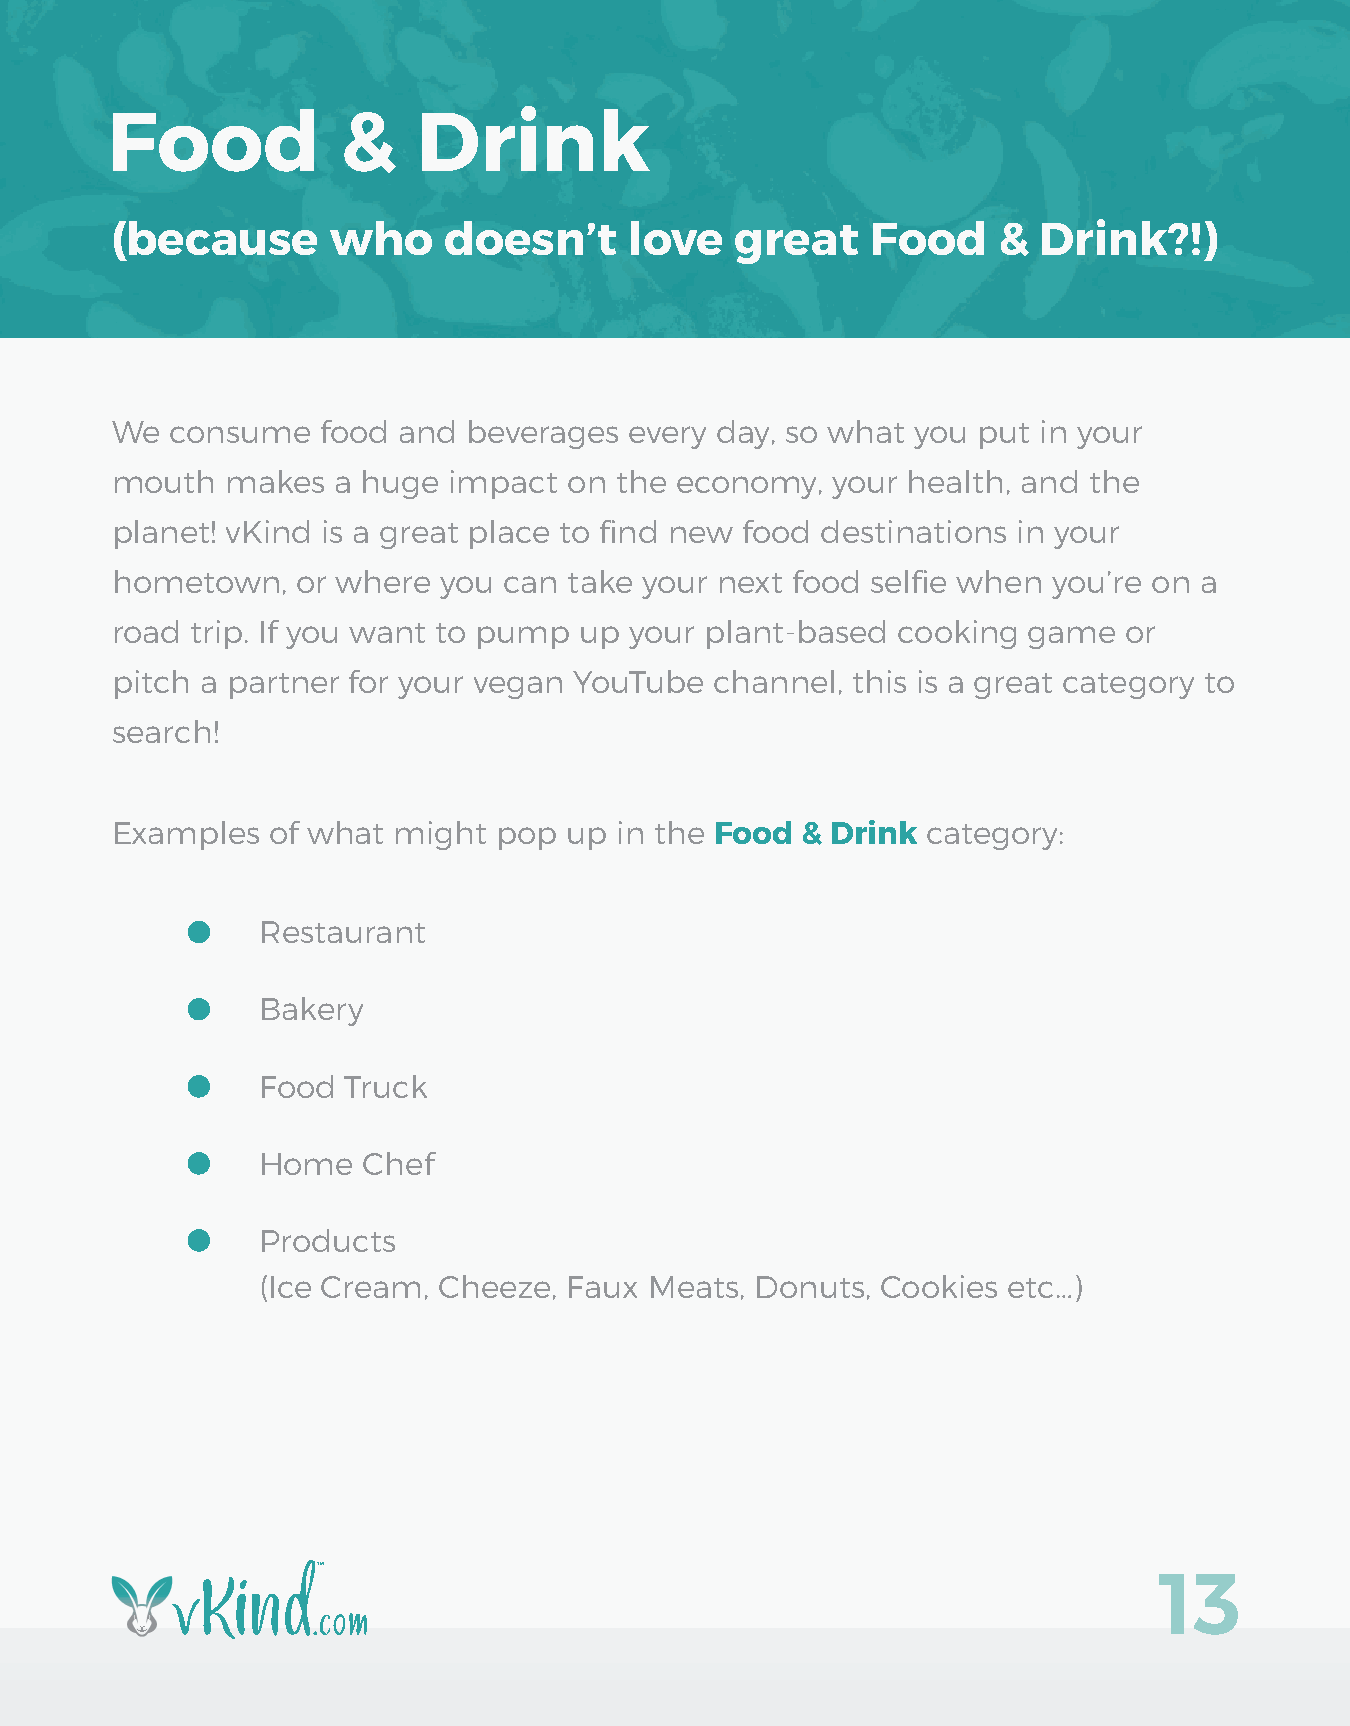
Food           &     Drink
 (because       who    doesn’t      love   great    Food    &  Drink?!)
 We  consume   food and  beverages  every day, so what you put in your
 mouth   makes  a huge  impact  on the economy,  your health, and the
 planet! vKind is a great place to find new food destinations in your
 hometown,    or where you can  take your next food selfie when you’re on a
 road  trip. If you want to pump up your plant-based cooking  game   or
 pitch a partner for your vegan YouTube  channel, this is a great category to
 search!
 Examples   of what might  pop  up in the Food & Drink category:
 Restaurant
 Bakery
 Food  Truck
 Home   Chef
 Products
 (Ice Cream, Cheeze,  Faux Meats, Donuts, Cookies  etc…)
 13